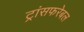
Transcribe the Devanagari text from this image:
ट्रांसफरेबल